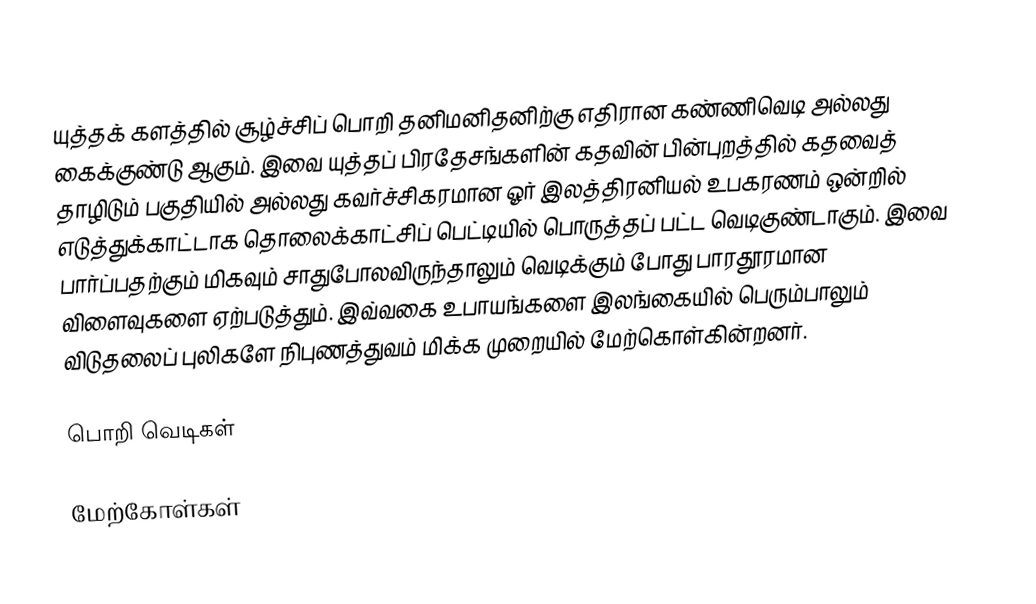
யுத்தக் களத்தில் சூழ்ச்சிப் பொறி தனிமனிதனிற்கு எதிரான கண்ணிவெடி அல்லது கைக்குண்டு ஆகும். இவை யுத்தப் பிரதேசங்களின் கதவின் பின்புறத்தில் கதவைத் தாழிடும் பகுதியில் அல்லது கவர்ச்சிகரமான ஓர் இலத்திரனியல் உபகரணம் ஒன்றில் எடுத்துக்காட்டாக தொலைக்காட்சிப் பெட்டியில் பொருத்தப் பட்ட வெடிகுண்டாகும். இவை பார்ப்பதற்கும் மிகவும் சாதுபோலவிருந்தாலும் வெடிக்கும் போது பாரதூரமான விளைவுகளை ஏற்படுத்தும். இவ்வகை உபாயங்களை இலங்கையில் பெரும்பாலும் விடுதலைப் புலிகளே நிபுணத்துவம் மிக்க முறையில் மேற்கொள்கின்றனர்.

பொறி வெடிகள்

மேற்கோள்கள்